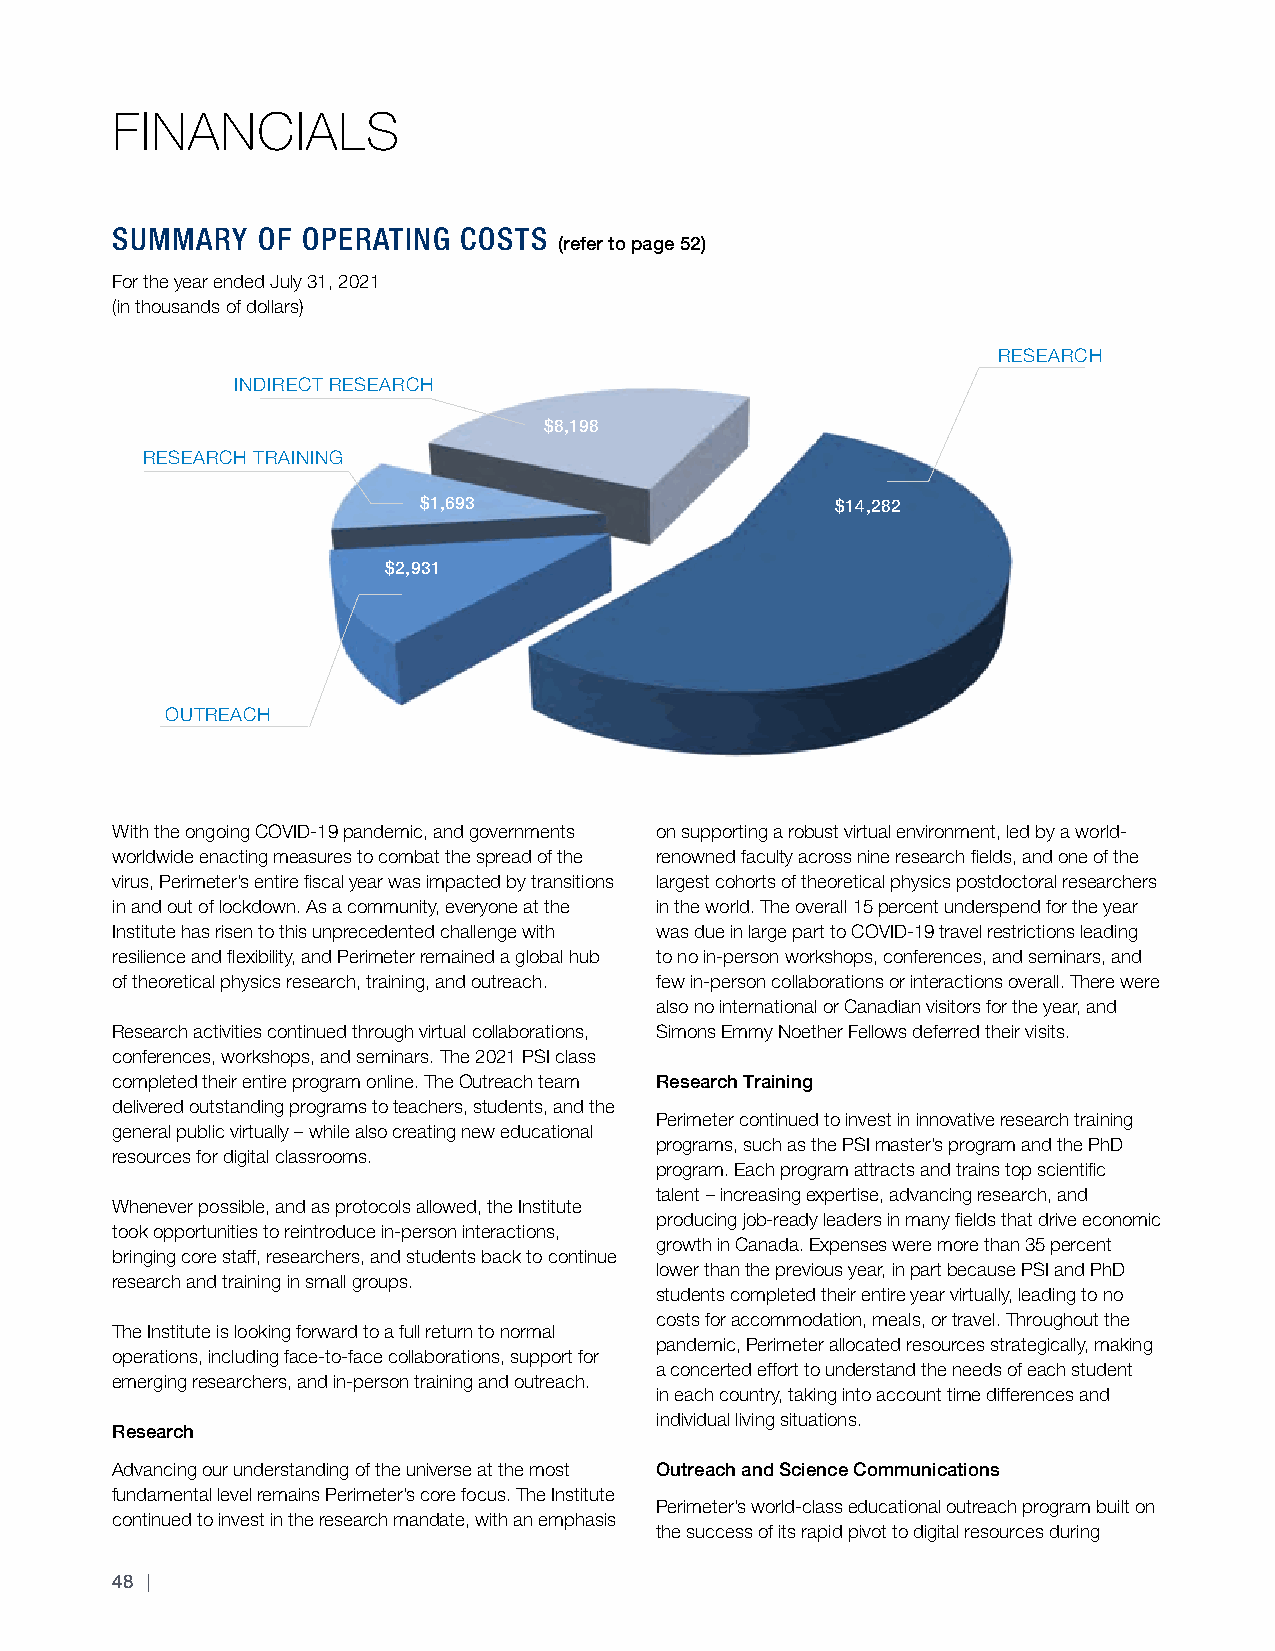
FINANCIALS
 SUMMARY   OF OPERATING  COSTS
 (refer to page 52)
 For the year ended July 31, 2021
 (in thousands of dollars)
 RESEARCH
 INDIRECT RESEARCH
 $8,198
 RESEARCH TRAINING
 $1,693                     $14,282
 $2,931
 OUTREACH
 With the ongoing COVID-19 pandemic, and governments on supporting a robust virtual environment, led by a world-
 worldwide enacting measures to combat the spread of the renowned faculty across nine research fields, and one of the
 virus, Perimeter’s entire fiscal year was impacted by transitions largest cohorts of theoretical physics postdoctoral researchers
 in and out of lockdown. As a community, everyone at the in the world. The overall 15 percent underspend for the year
 Institute has risen to this unprecedented challenge with was due in large part to COVID-19 travel restrictions leading
 resilience and flexibility, and Perimeter remained a global hub to no in-person workshops, conferences, and seminars, and
 of theoretical physics research, training, and outreach. few in-person collaborations or interactions overall. There were
 also no international or Canadian visitors for the year, and
 Research activities continued through virtual collaborations, Simons Emmy Noether Fellows deferred their visits.
 conferences, workshops, and seminars. The 2021 PSI class
 completed their entire program online. The Outreach team Research Training
 delivered outstanding programs to teachers, students, and the
 Perimeter continued to invest in innovative research training
 general public virtually – while also creating new educational
 programs, such as the PSI master’s program and the PhD
 resources for digital classrooms.
 program. Each program attracts and trains top scientific
 talent – increasing expertise, advancing research, and
 Whenever possible, and as protocols allowed, the Institute
 producing job-ready leaders in many fields that drive economic
 took opportunities to reintroduce in-person interactions,
 growth in Canada. Expenses were more than 35 percent
 bringing core staff, researchers, and students back to continue
 lower than the previous year, in part because PSI and PhD
 research and training in small groups.
 students completed their entire year virtually, leading to no
 costs for accommodation, meals, or travel. Throughout the
 The Institute is looking forward to a full return to normal
 pandemic, Perimeter allocated resources strategically, making
 operations, including face-to-face collaborations, support for
 a concerted effort to understand the needs of each student
 emerging researchers, and in-person training and outreach.
 in each country, taking into account time differences and
 individual living situations.
 Research
 Advancing our understanding of the universe at the most Outreach and Science Communications
 fundamental level remains Perimeter’s core focus. The Institute
 Perimeter’s world-class educational outreach program built on
 continued to invest in the research mandate, with an emphasis
 the success of its rapid pivot to digital resources during
 48 |